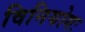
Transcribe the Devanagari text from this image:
विनियोगः